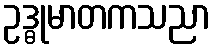
ဥဒ္ဓုမာတကသညာ